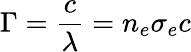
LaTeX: \Gamma={\frac{c}{\lambda}}=n_{e}\sigma_{e}c